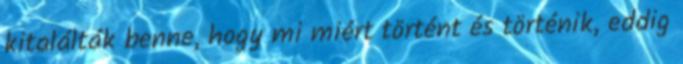
kitalálták benne, hogy mi miért történt és történik, eddig